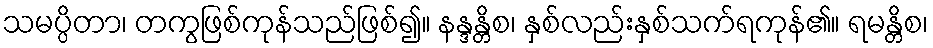
သမပ္ပိတာ၊ တကွဖြစ်ကုန်သည်ဖြစ်၍။ နန္ဒန္တိစ၊ နှစ်လည်းနှစ်သက်ရကုန်၏။ ရမန္တိစ၊